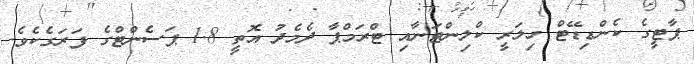
ޕާޓީގެ ކެންޑިޑޭޓް ހިލަރީ ކްލިންޓަނާއި ޓްރަމްޕާ ދެމެދު އޮތީ 1.8 ޕަސެންޓްގެ ފަރަގެކެވެ.